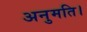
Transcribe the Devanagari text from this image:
अनुमति।